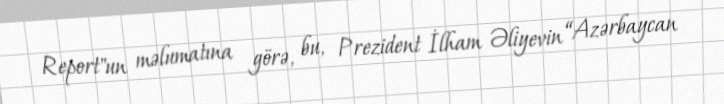
Report"un məlumatına görə, bu, Prezident İlham Əliyevin “Azərbaycan